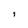
Character: i